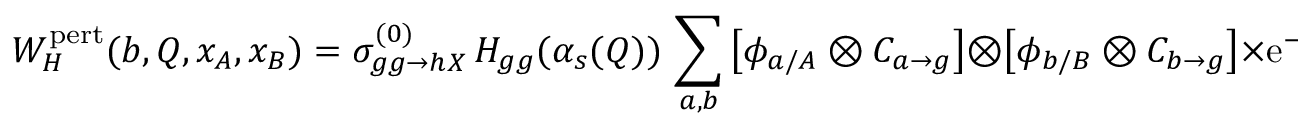
W _ { H } ^ { \mathrm { p e r t } } ( b , Q , x _ { A } , x _ { B } ) = \sigma _ { g g \rightarrow h X } ^ { ( 0 ) } \, H _ { g g } ( \alpha _ { s } ( Q ) ) \, \sum _ { a , b } \left[ \phi _ { a / A } \otimes C _ { a \rightarrow g } \right] \otimes \left[ \phi _ { b / B } \otimes C _ { b \rightarrow g } \right] \times \mathrm { e } ^ { - S ( b , Q ) } ,